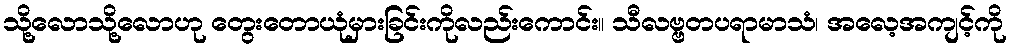
သို့လောသို့လောဟု တွေးတောယုံမှားခြင်းကိုလည်းကောင်း။ သီလဗ္ဗတပရာမာသံ၊ အလေ့အကျင့်ကို